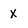
Character: X